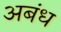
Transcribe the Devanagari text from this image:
अबंध